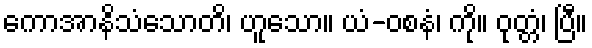
ကောအာနိသံသောတိ၊ ဟူသော။ ယံ-ဝစနံ၊ ကို။ ဝုတ္တံ၊ ပြီ။